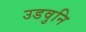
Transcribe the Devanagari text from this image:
उडवुनि